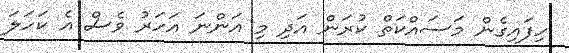
ހިފައިގެން މަސައްކަތް ކުރަން އަދި މި އަންނަ އަހަރު ވެސް އެ ކަހަލަ